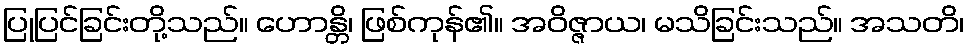
ပြုပြင်ခြင်းတို့သည်။ ဟောန္တိ၊ ဖြစ်ကုန်၏။ အဝိဇ္ဇာယ၊ မသိခြင်းသည်။ အသတိ၊